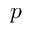
p